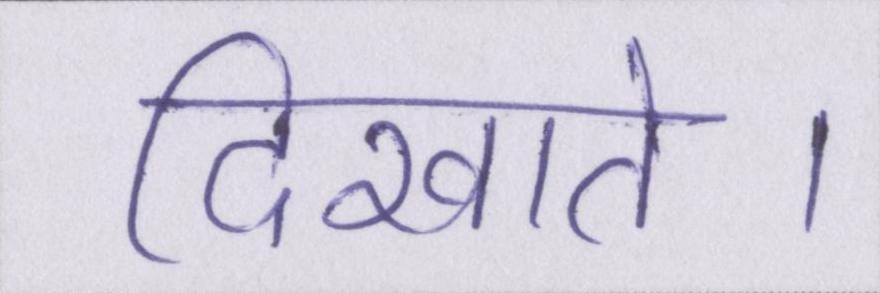
दिखाते।